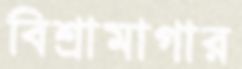
বিশ্রামাগার